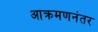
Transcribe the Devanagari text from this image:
आक्रमणनंतर